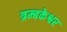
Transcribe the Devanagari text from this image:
त्रम्बकेश्वर